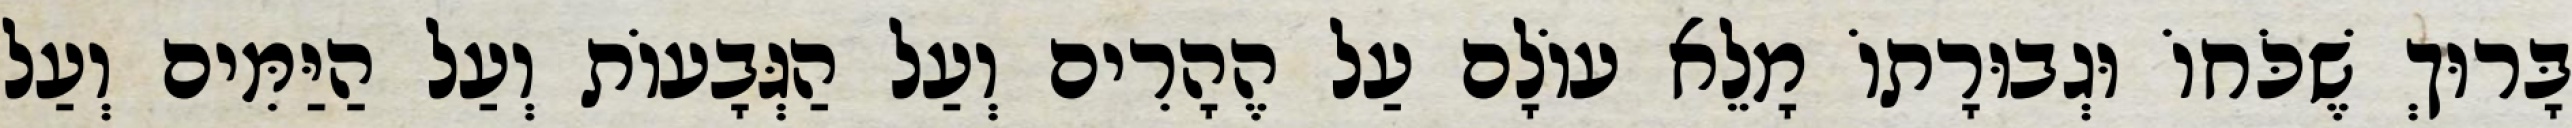
בָּרוּךְ שֶׁכֹּחוֹ וּגְבוּרָתוֹ מָלֵא עוֹלָם עַל הֶהָרִים וְעַל הַגְּבָעוֹת וְעַל הַיַּמִּים וְעַל